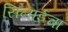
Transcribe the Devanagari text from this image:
सिनाईचा